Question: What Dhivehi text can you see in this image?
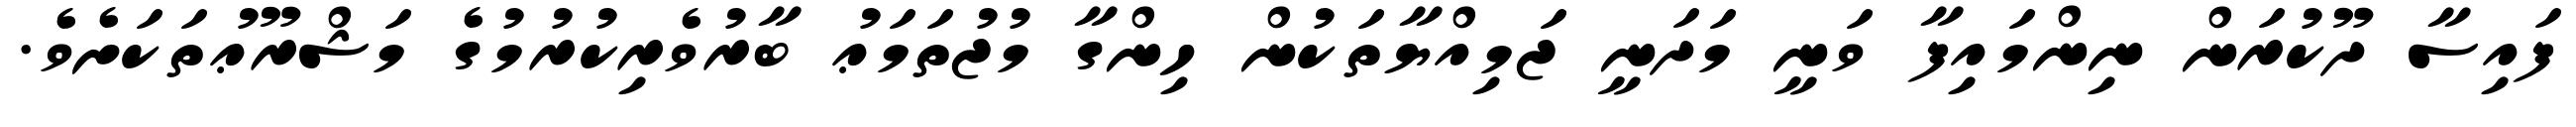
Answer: ފައިސާ ދޫކުރަން ނިންމައިފާ ވަނީ މަދަނީ ޖަމިއްޔާތަކުން ހިންގާ މުޖުތަމަޢު ބާރުވެރިކުރުމުގެ މަޝްރޫޢުތަކަށެވެ.